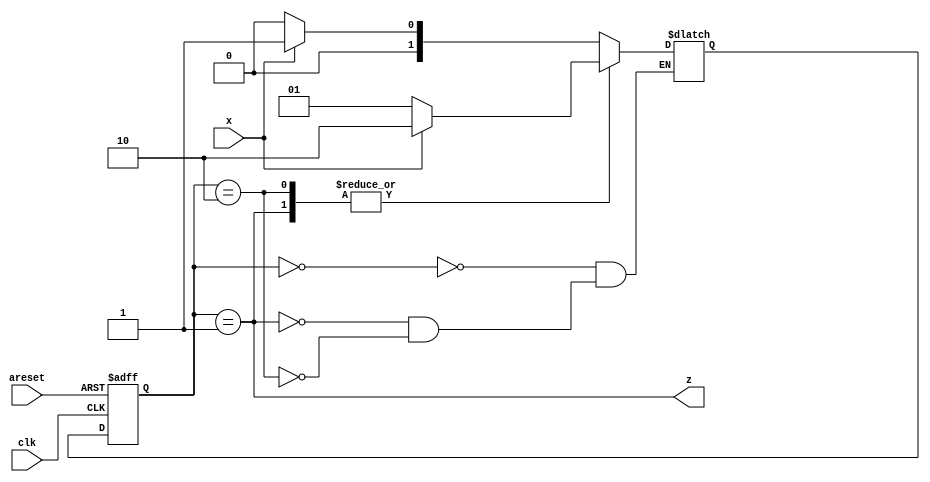
module top_module (
    input clk,
    input areset,
    input x,
    output z
); 

    parameter S0 = 2'd0, S1 = 2'd1, S2 = 2'd2;
    reg [1:0] current_state, next_state;

    always @(*) begin
        case(current_state)
            S0:     next_state = x ? S1 : S0;
            S1:     next_state = x ? S2 : S1;
            S2:     next_state = x ? S2 : S1;
        endcase
    end

    always @(posedge clk or posedge areset) begin
        if(areset)begin
            current_state <= S0;
        end
        else begin
            current_state <= next_state;
        end
    end

    assign z = (current_state == S1);

endmodule